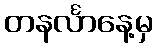
တနင်္လာနေ့မှ